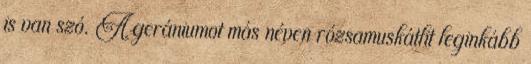
is van szó. A gerániumot más néven rózsamuskátlit leginkább